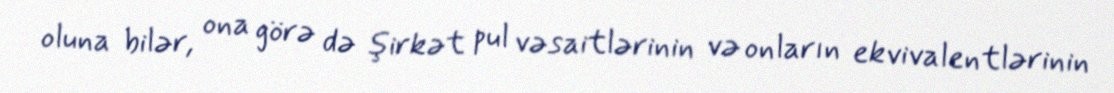
oluna bilər, ona görə də şirkət pul vəsaitlərinin və onların ekvivalentlərinin